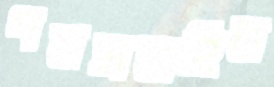
পতঙ্গবাহিত